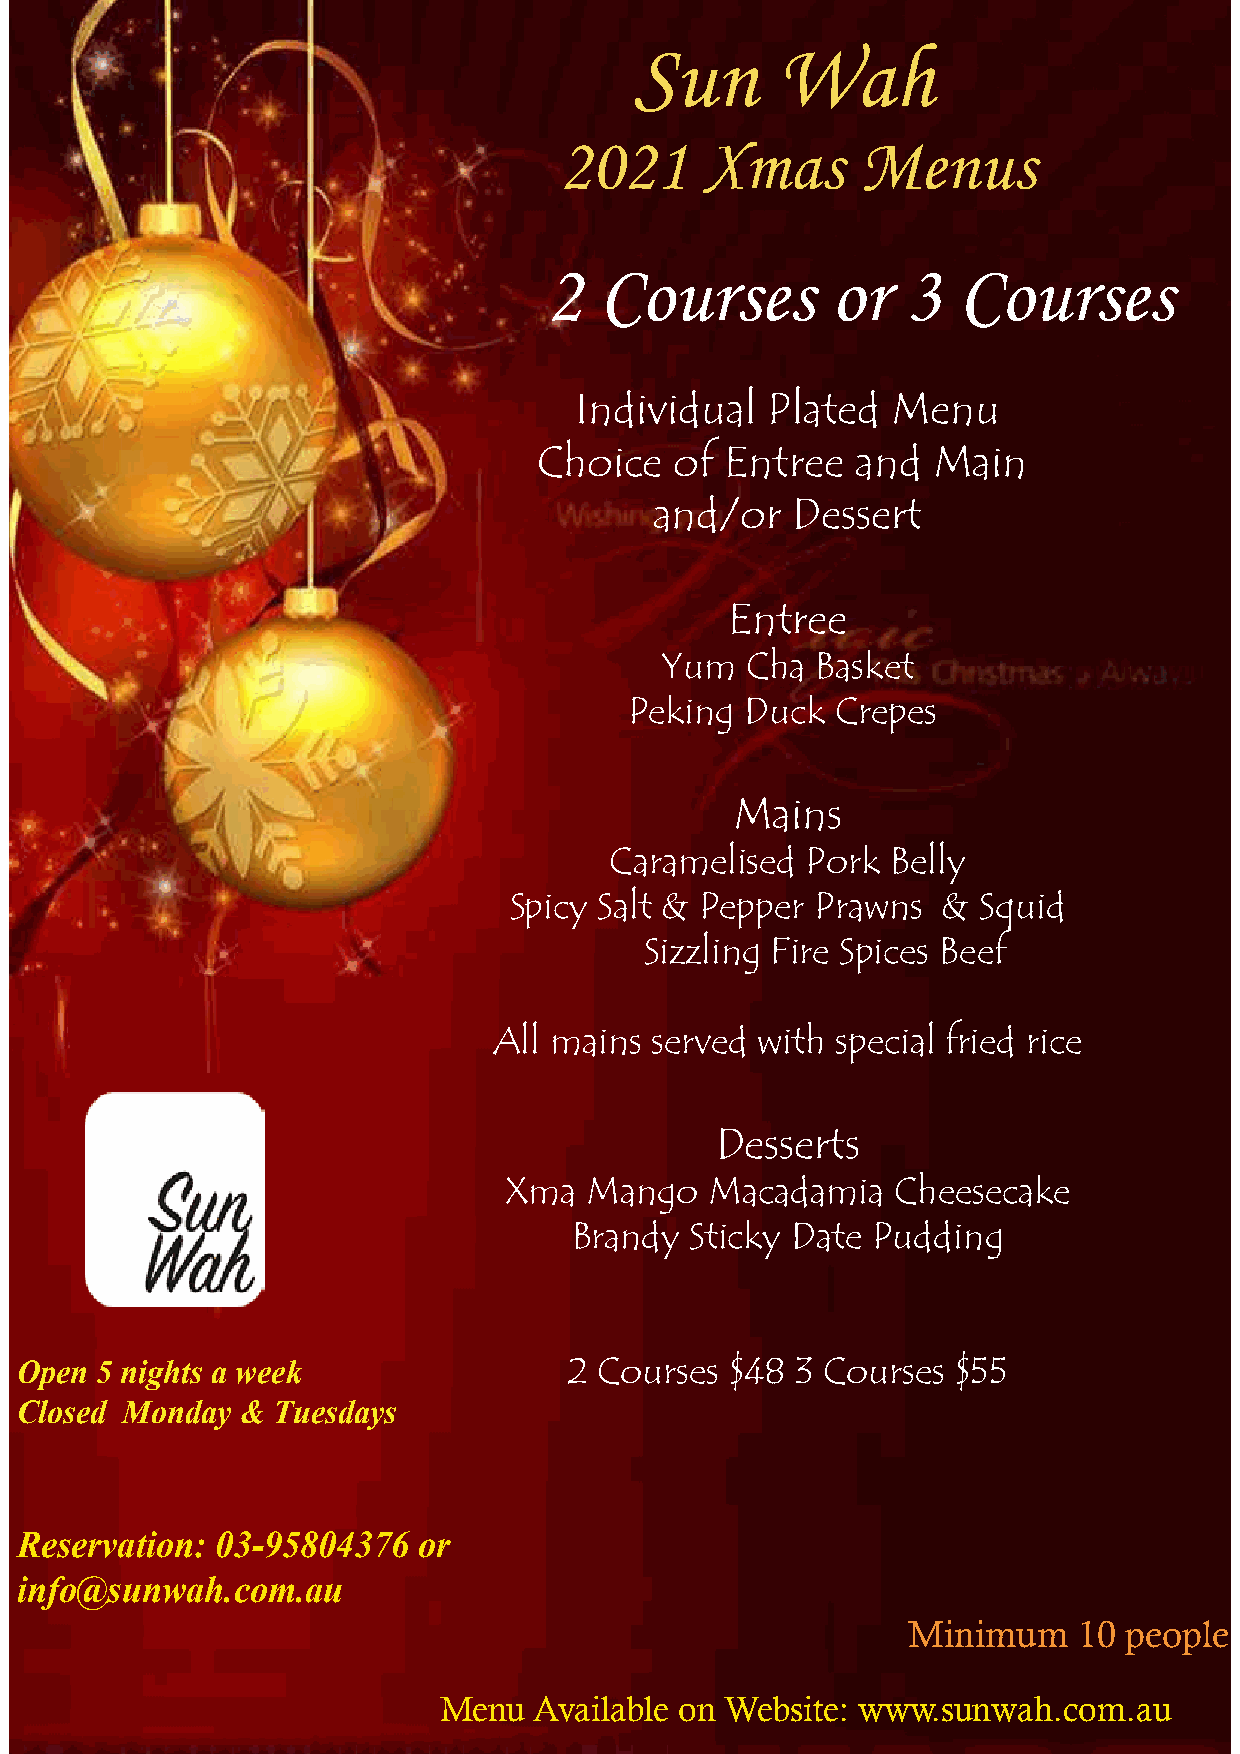
Sun      Wah
 2021      Xmas      Menus
 2   Courses        or   3  Courses
 Individual   Plated  Menu
 Choice   of Entree   and  Main
 and/or   Dessert
 Entree
 Yum  Cha  Basket
 Peking Duck  Crepes
 Mains
 Caramelised  Pork  Belly
 Spicy Salt & Pepper Prawns  &  Squid
 Sizzling Fire Spices Beef
 All mains served with special fried rice
 Desserts
 Xma   Mango   Macadamia   Cheesecake
 Brandy  Sticky Date Pudding
 Open 5 nights a week                 2 Courses $48  3 Courses $55
 Closed Monday  & Tuesdays
 Reservation: 03-95804376   or
 info@sunwah.com.au
 Minimum    10 people
 Menu  Available on Website: www.sunwah.com.au